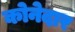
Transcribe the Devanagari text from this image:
कोनेदार